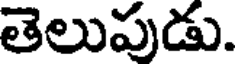
తెలుపుడు.